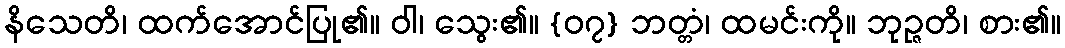
နိသေတိ၊ ထက်အောင်ပြု၏။ ဝါ၊ သွေး၏။ {၀၇} ဘတ္တံ၊ ထမင်းကို။ ဘုဉ္ဇတိ၊ စား၏။